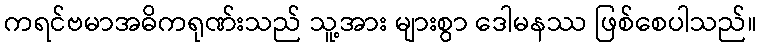
ကရင်ဗမာအဓိကရုဏ်းသည် သူ့အား များစွာ ဒေါမနဿ ဖြစ်စေပါသည်။